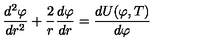
{ \frac { d ^ { 2 } \varphi } { d r ^ { 2 } } } + { \frac { 2 } { r } } { \frac { d \varphi } { d r } } = { \frac { d U ( \varphi , T ) } { d \varphi } }